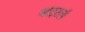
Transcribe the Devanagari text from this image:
व्हाइटलॉ